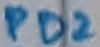
Text: PD2